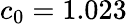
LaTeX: c_{0}=1.023